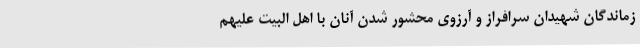
زماندگان شهیدان سرافراز و آرزوی محشور شدن آنان با اهل البیت علیهم